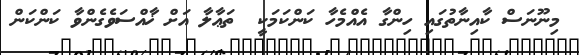
މިނޫނަސް ކާއިނާތުގައި ހިންގާ އެއްމެހާ ކަންކަމަކީ  ތަޢާލާ އަށް ޚާއްސަވެގެންވާ ކަންކަން